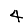
Digit: 4